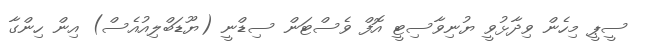
ސީޕީ މިހެން ވިދާޅުވީ ޔުނިވާސިޓީ އޮފް ވެސްޓަން ސިޑްނީ (ޔޫޑަބްލިއުއެސް) އިން ހިންގާ